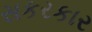
સકરકાર